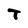
Character: T